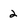
Character: 2